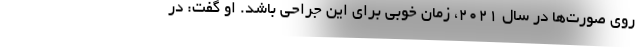
روی صورت‌ها در سال 2021، زمان خوبی برای این جراحی باشد. او گفت: در